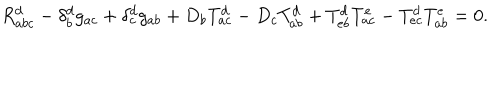
R _ { a b c } ^ { d } - \delta _ { b } ^ { d } g _ { a c } + \delta _ { c } ^ { d } g _ { a b } + D _ { b } T _ { a c } ^ { d } - D _ { c } T _ { a b } ^ { d } + T _ { e b } ^ { d } T _ { a c } ^ { e } - T _ { e c } ^ { d } T _ { a b } ^ { e } = 0 .